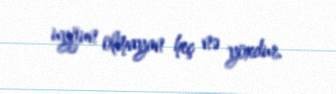
uyğun olmayan heç nə yoxdur.